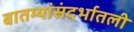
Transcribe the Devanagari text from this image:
बातम्यांसंदर्भातली